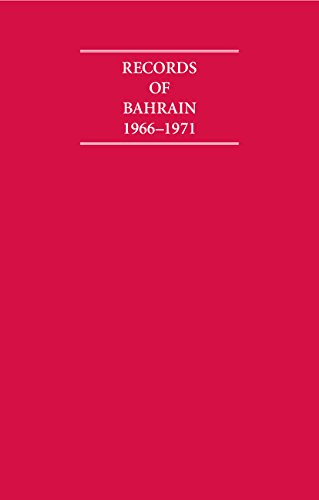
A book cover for Records of Bahrain 1966-1971 6 Volume Set (Cambridge Archive Editions); History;